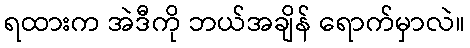
ရထားက အဲဒီကို ဘယ်အချိန် ရောက်မှာလဲ။